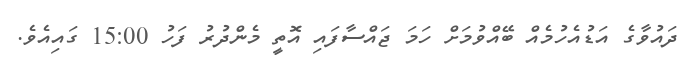
ދައުވާގެ އަޑުއެހުމެއް ބޭއްވުމަށް ހަމަ ޖައްސާފައި އޮތީ މެންދުރު ފަހު 15:00 ގައިއެވެ.